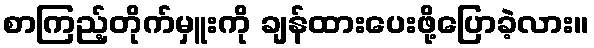
စာကြည့်တိုက်မှူးကို ချန်ထားပေးဖို့ပြောခဲ့လား။